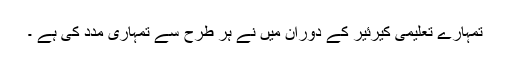
تمہارے تعلیمی کیرئیر کے دوران میں نے ہر طرح سے تمہاری مدد کی ہے ۔